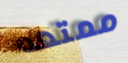
ممتعه